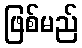
ဖြစ်မည်